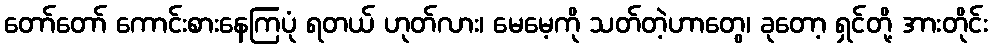
တော်တော် ကောင်းစားနေကြပုံ ရတယ် ဟုတ်လား၊ မေမေ့ကို သတ်တဲ့ဟာတွေ၊ ခုတော့ ရှင်တို့ အားတိုင်း